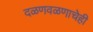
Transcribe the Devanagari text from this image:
दळणवळणाचेही